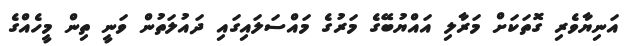
އަނިޔާވެރި ގޮތަކަށް މަރާލި އައްޔުބޭގެ މަރުގެ މައްސަލައިގައި ދައުލަތުން ވަނީ ތިން މީހެއްގެ